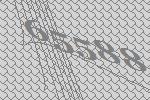
65588